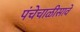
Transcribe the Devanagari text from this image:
पंचेचाळीसावे